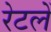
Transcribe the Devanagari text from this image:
रेटलें